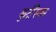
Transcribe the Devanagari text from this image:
कुर्दीस्तान